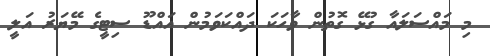
މި މައްސަލައާ ގުޅޭ ގޮތުން ވާހަކަ ދައްކަވަމުން އައްޑޫ ސިޓީގެ މޭޔަރު އަލީ